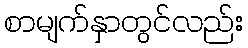
စာမျက်နှာတွင်လည်း